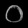
Digit: ၀